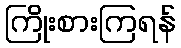
ကြိုးစားကြရန်